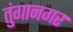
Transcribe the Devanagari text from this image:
तुंगानगर